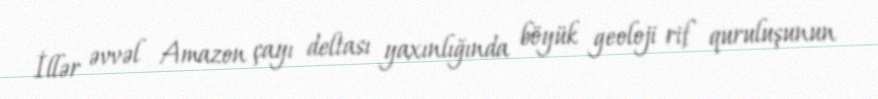
İllər əvvəl Amazon çayı deltası yaxınlığında böyük geoloji rif quruluşunun